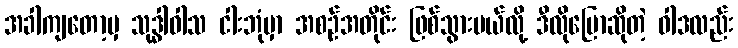
အခါကျတော့မှ သုဒ္ဓါဝါသ ငါးဘုံမှာ အစဉ်အတိုင်း ဖြစ်သွားမယ်လို့ ဒီလိုပြောဆိုတဲ့ ဝါဒလည်း